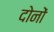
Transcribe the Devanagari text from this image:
दाेनाें